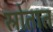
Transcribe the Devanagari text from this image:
स्रोतात